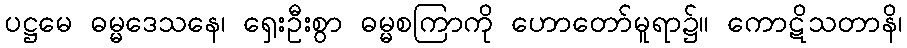
ပဋ္ဌမေ ဓမ္မဒေသနေ၊ ရှေးဦးစွာ ဓမ္မစကြာကို ဟောတော်မူရာ၌။ ကောဋိသတာနိ၊